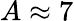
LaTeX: A\approx 7